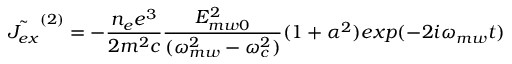
\tilde { J _ { e x } } ^ { ( 2 ) } = - \frac { n _ { e } e ^ { 3 } } { 2 m ^ { 2 } c } \frac { E _ { m w 0 } ^ { 2 } } { ( \omega _ { m w } ^ { 2 } - \omega _ { c } ^ { 2 } ) } ( 1 + \alpha ^ { 2 } ) e x p ( - 2 i \omega _ { m w } t )